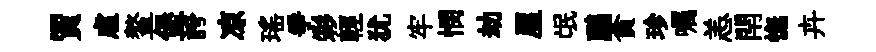
賈䖏鳌堡誇凉瑶爭彩輕犹牢憫劫屋氓鸝貪珍嘱恙閈憮卉